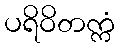
ပရိဝိတက္ကံ